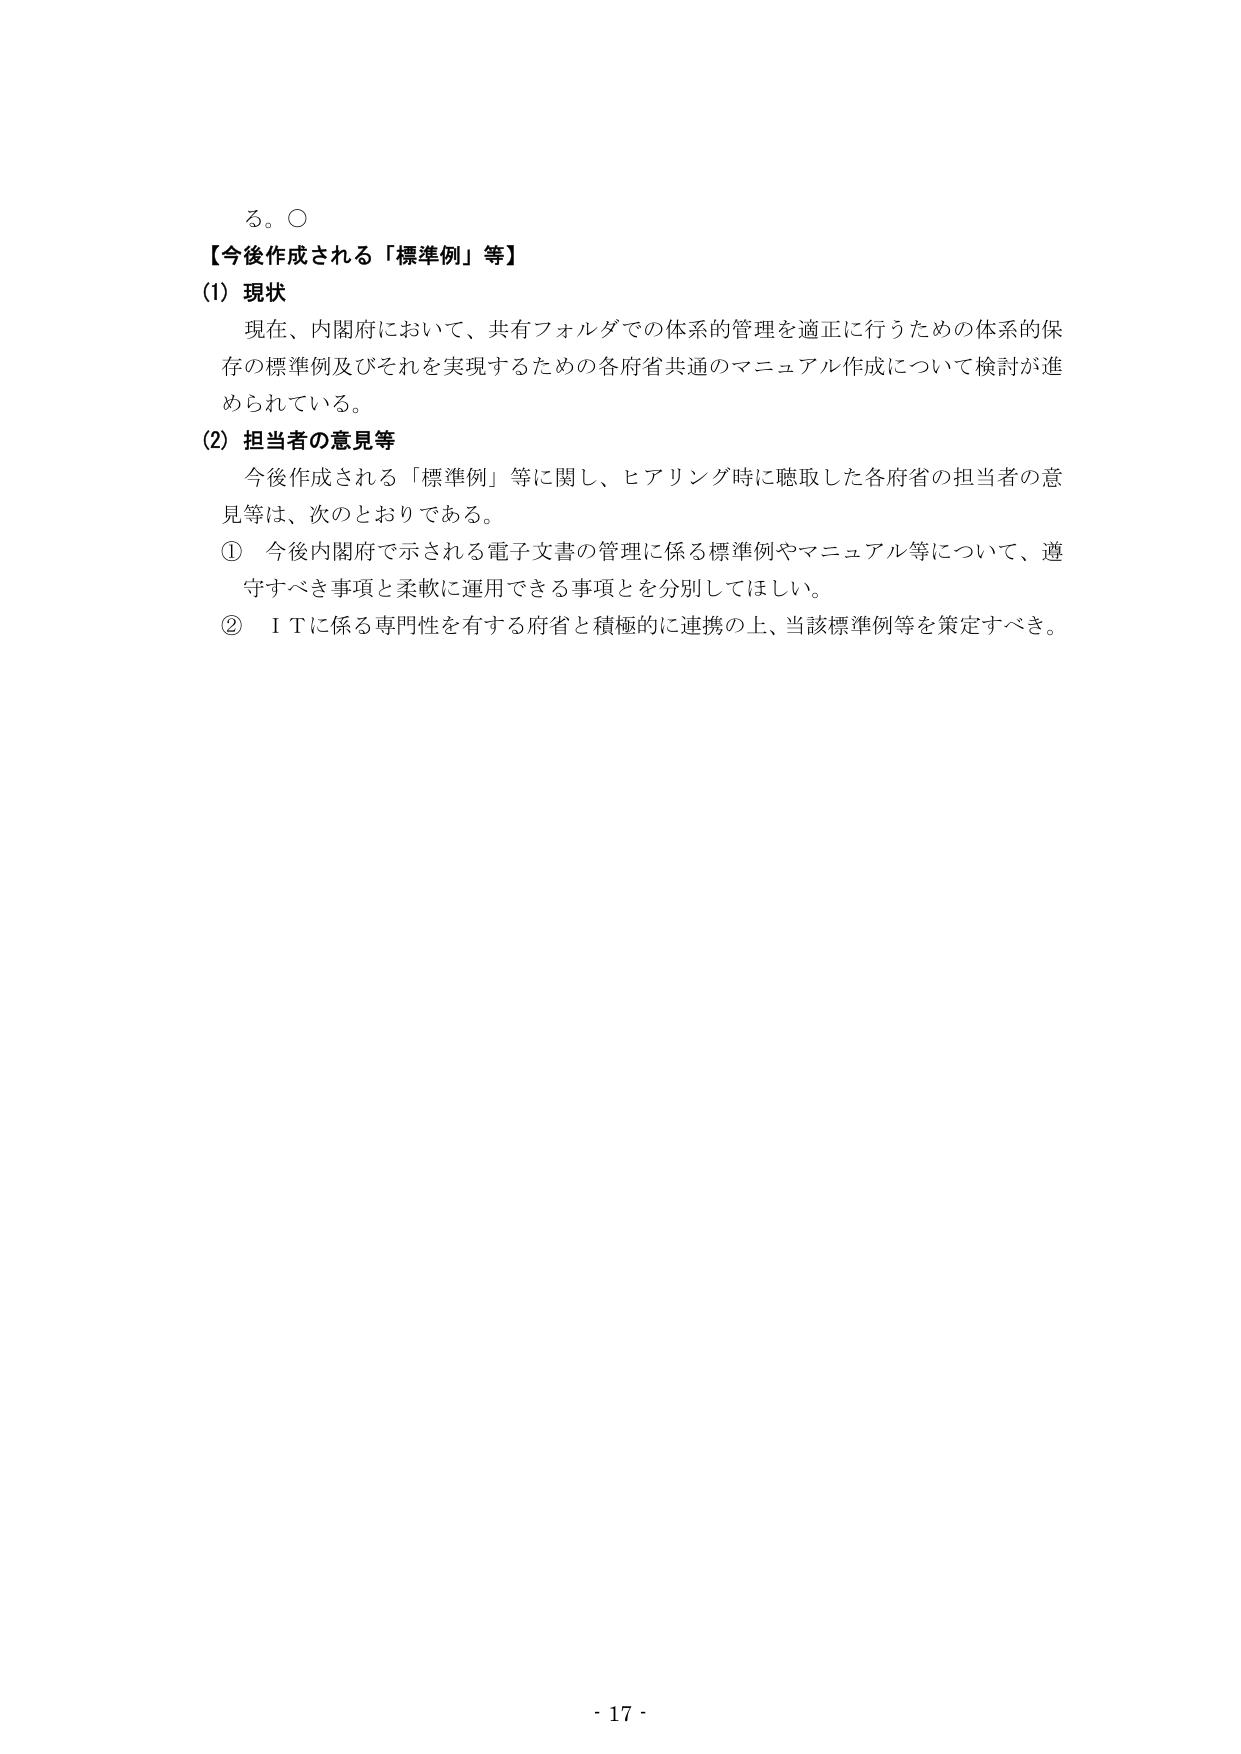
る。○
【今後作成される「標準例」等】
(1) 現状
　現在、内閣府において、共有フォルダでの体系的管理を適正に行うための体系的保存の標準例及びそれを実現するための各府省共通のマニュアル作成について検討が進められている。
(2) 担当者の意見等
　今後作成される「標準例」等に関し、ヒアリング時に聴取した各府省の担当者の意見等は、次のとおりである。
① 今後内閣府で示される電子文書の管理に係る標準例やマニュアル等について、遵守すべき事項と柔軟に運用できる事項とを分別してほしい。
② ＩＴに係る専門性を有する府省と積極的に連携の上、当該標準例等を策定すべき。
- 17 -